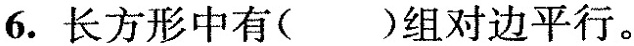
6.长方形中有( )组对边平行。